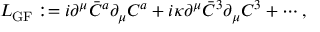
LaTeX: { \cal L } _ { \mathrm { G F } } : = i \partial ^ { \mu } \bar { C } ^ { a } \partial _ { \mu } C ^ { a } + i \kappa \partial ^ { \mu } \bar { C } ^ { 3 } \partial _ { \mu } C ^ { 3 } + \cdots ,